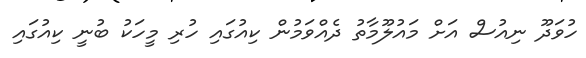
ހުވަދޫ ނިއުސް އަށް މައުލޫމާތު ދެއްވަމުން ކިއުގައި ހުރި މީހަކު ބުނީ ކިއުގައި